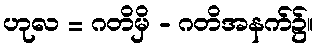
ဟုလ = ဂတိမှိ - ဂတိအနက်၌။